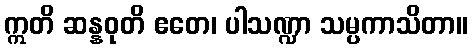
ဣတိ ဆန္နဝုတိ ဧတေ၊ ပါသဏ္ဍာ သမ္ပကာသိတာ။